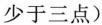
少于三点)